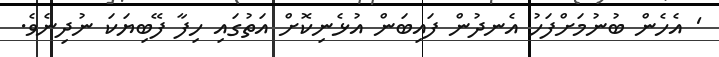
' އެހެން ބުނުމަށްފަހު އެނދުން ފައިބަން އުޅެނިކޮށް އަތުގައި ހިފާ ފޭބިޔަކަ ނުދިނެވެ.